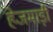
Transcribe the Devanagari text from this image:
हेजमाड़ी